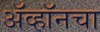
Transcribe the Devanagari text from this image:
ॲव्हॉनचा